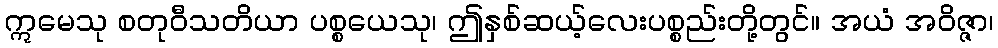
ဣမေသု စတုဝီသတိယာ ပစ္စယေသု၊ ဤနှစ်ဆယ့်လေးပစ္စည်းတို့တွင်။ အယံ အဝိဇ္ဇာ၊